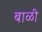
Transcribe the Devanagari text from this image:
बाळी